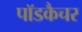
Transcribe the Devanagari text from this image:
पॉडकैचर